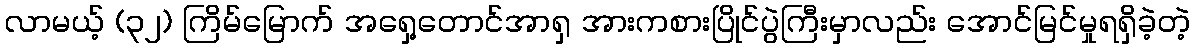
လာမယ့် (၃၂) ကြိမ်မြောက် အရှေ့တောင်အာရှ အားကစားပြိုင်ပွဲကြီးမှာလည်း အောင်မြင်မှုရရှိခဲ့တဲ့